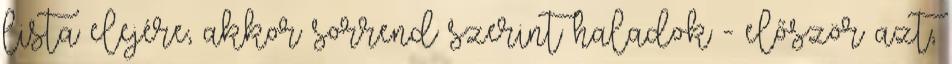
lista elejére, akkor sorrend szerint haladok - először azt,